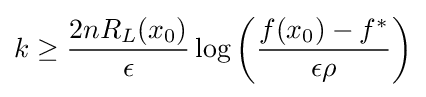
k\geq {\frac {2nR_{L}(x_{0})}{\epsilon }}\log \left({\frac {f(x_{0})-f^{*}}{\epsilon \rho }}\right)